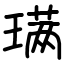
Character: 𫞩